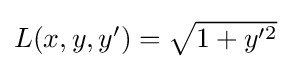
{\textstyle L(x,y,y')={\sqrt {1+y'^{2}}}}